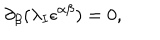
\partial _ { \beta } ( \lambda _ { I } \epsilon ^ { \alpha \beta } ) = 0 ,